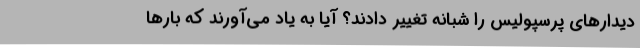
دیدارهای پرسپولیس را شبانه تغییر دادند؟ آیا به یاد می‌آورند که بارها